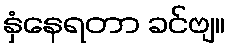
နှံနေရတာ ခင်ဗျ။